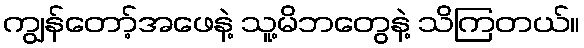
ကျွန်တော့်အဖေနဲ့ သူ့မိဘတွေနဲ့ သိကြတယ်။